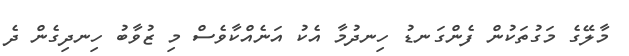
މާލޭގެ މަގުތަކުން ފެންގަނޑު ހިނދުމާ އެކު އަނެއްކާވެސް މި ޒުވާބު ހިނދިގެން ދެ